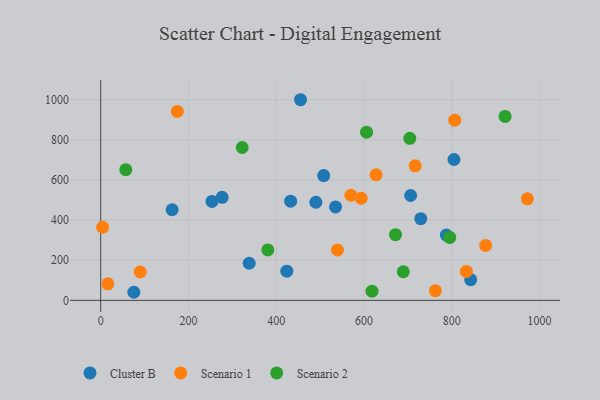
{"axis": {"x": "Study Hours", "y": "Demand"}, "legend": ["Cluster B", "Scenario 1", "Scenario 2"], "data": [{"x": "253.6", "y": 492.5, "type": "Cluster B"}, {"x": "338.4", "y": 184.7, "type": "Cluster B"}, {"x": "508.1", "y": 621.5, "type": "Cluster B"}, {"x": "787.6", "y": 324.9, "type": "Cluster B"}, {"x": "535.1", "y": 465.1, "type": "Cluster B"}, {"x": "490.3", "y": 488.6, "type": "Cluster B"}, {"x": "804.9", "y": 701.4, "type": "Cluster B"}, {"x": "706.2", "y": 522.3, "type": "Cluster B"}, {"x": "455.4", "y": 999.2, "type": "Cluster B"}, {"x": "276.7", "y": 512.9, "type": "Cluster B"}, {"x": "432.8", "y": 494.1, "type": "Cluster B"}, {"x": "729.3", "y": 407.0, "type": "Cluster B"}, {"x": "75.5", "y": 40.2, "type": "Cluster B"}, {"x": "162.8", "y": 451.1, "type": "Cluster B"}, {"x": "843.1", "y": 102.9, "type": "Cluster B"}, {"x": "424.1", "y": 145.4, "type": "Cluster B"}, {"x": "627.5", "y": 625.6, "type": "Scenario 1"}, {"x": "593.5", "y": 508.4, "type": "Scenario 1"}, {"x": "833.2", "y": 144.1, "type": "Scenario 1"}, {"x": "806.8", "y": 897.3, "type": "Scenario 1"}, {"x": "539.6", "y": 250.7, "type": "Scenario 1"}, {"x": "716.6", "y": 669.9, "type": "Scenario 1"}, {"x": "570.1", "y": 523.5, "type": "Scenario 1"}, {"x": "4.4", "y": 364.1, "type": "Scenario 1"}, {"x": "16.2", "y": 82.1, "type": "Scenario 1"}, {"x": "877.1", "y": 273.6, "type": "Scenario 1"}, {"x": "174.6", "y": 941.0, "type": "Scenario 1"}, {"x": "90.0", "y": 141.1, "type": "Scenario 1"}, {"x": "762.7", "y": 48.4, "type": "Scenario 1"}, {"x": "972.2", "y": 505.8, "type": "Scenario 1"}, {"x": "704.3", "y": 807.0, "type": "Scenario 2"}, {"x": "322.4", "y": 761.3, "type": "Scenario 2"}, {"x": "921.4", "y": 916.2, "type": "Scenario 2"}, {"x": "605.8", "y": 837.6, "type": "Scenario 2"}, {"x": "618.2", "y": 45.9, "type": "Scenario 2"}, {"x": "380.8", "y": 251.3, "type": "Scenario 2"}, {"x": "57.2", "y": 650.6, "type": "Scenario 2"}, {"x": "671.8", "y": 326.9, "type": "Scenario 2"}, {"x": "795.4", "y": 313.3, "type": "Scenario 2"}, {"x": "689.5", "y": 142.5, "type": "Scenario 2"}]}